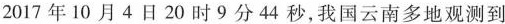
2017年10月4日20时9分44秒，我国云南多地观测到